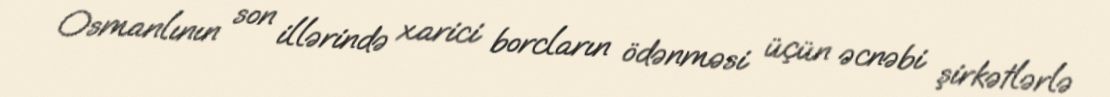
Osmanlının son illərində xarici borcların ödənməsi üçün əcnəbi şirkətlərlə